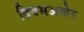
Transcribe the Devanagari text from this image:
दिवसअखेर